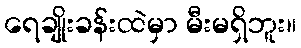
ရေချိုးခန်းထဲမှာ မီးမရှိဘူး။